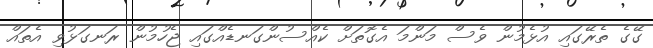
ގޭގެ ތެރޭގައި އުޅެމުން ވެސް މަންމަ އެގޮތަށް ކެއްސުންގަނޑެއްގައި ޖެހުމުން ރަނގަޅުވި އެތައް